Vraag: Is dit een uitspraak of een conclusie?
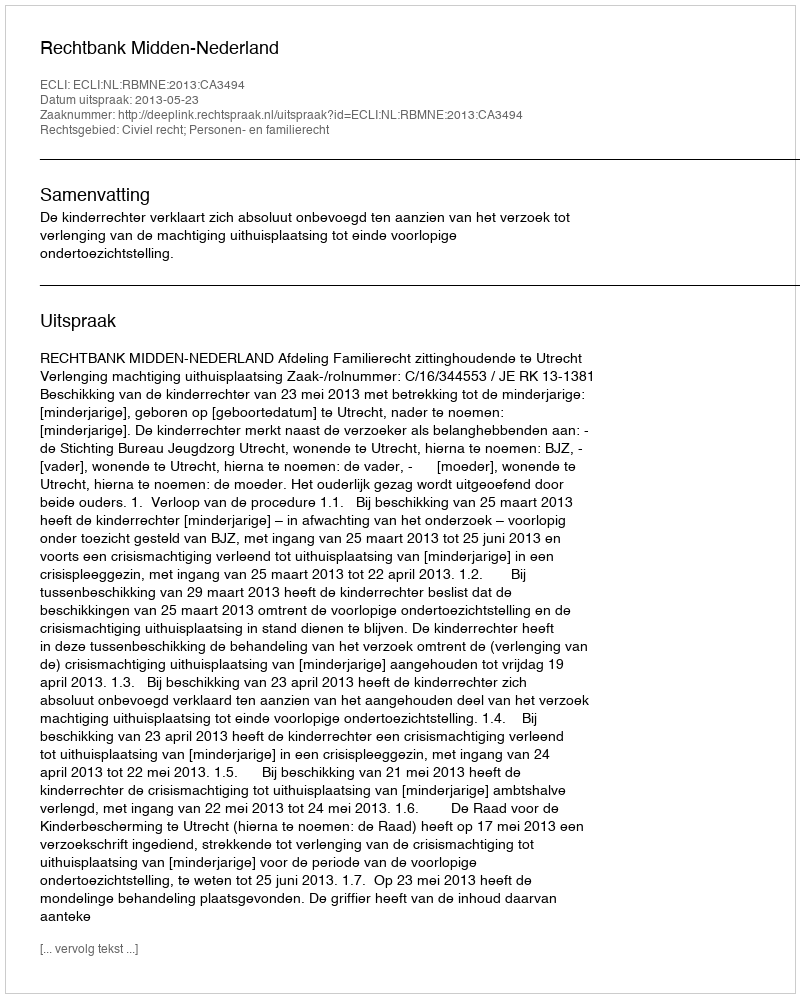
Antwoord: Uitspraak